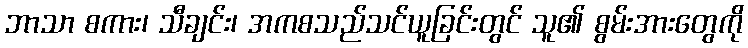
ဘာသာ စကား၊ သီချင်း၊ အကစသည်သင်ယူခြင်းတွင် သူ၏ စွမ်းအားတွေကို